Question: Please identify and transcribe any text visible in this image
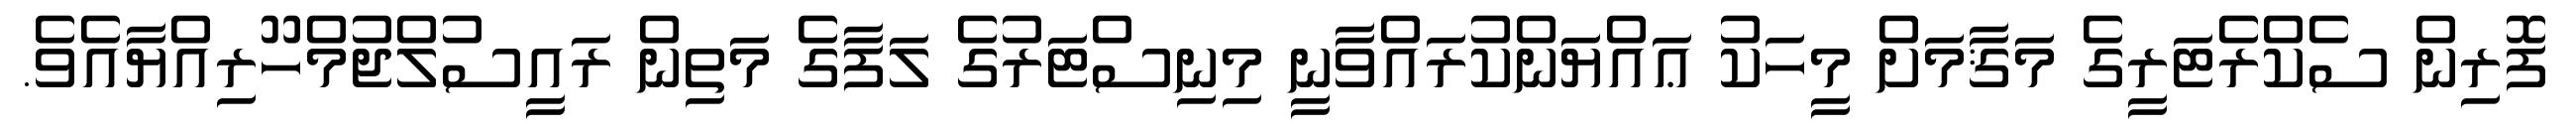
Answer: ފޮރިން ސެކްރެޓަރީގެ މަޤާމަށް މީހަކު ޢައްޔަންކުރައްވާނީ މިނިސްޓަރުގެ ލަފާގެ މަތިން ރައީސުލްޖުމްހޫރިއްޔާއެވެ.